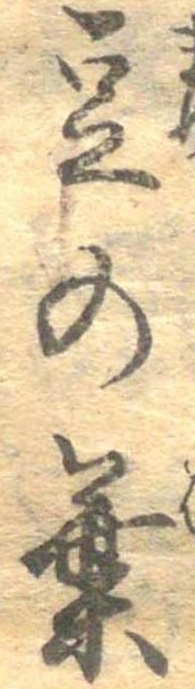
豆の葉